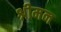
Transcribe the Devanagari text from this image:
श्नीमन